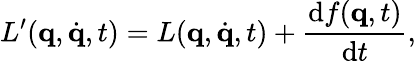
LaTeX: L^{\prime}(\mathbf{q},{\dot{\mathbf{q}}},t)=L(\mathbf{q},{\dot{\mathbf{q}}},t)+{\frac{\mathrm{d}f(\mathbf{q},t)}{\mathrm{d}t}},